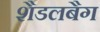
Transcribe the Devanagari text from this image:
शैडलबैग